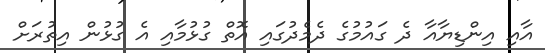
އާއި އިންޑިޔާއާ ދެ ގައުމުގެ ދެމެދުގައި އޮތް ގުޅުމާއި އެ ގުޅުން އިތުރަށް